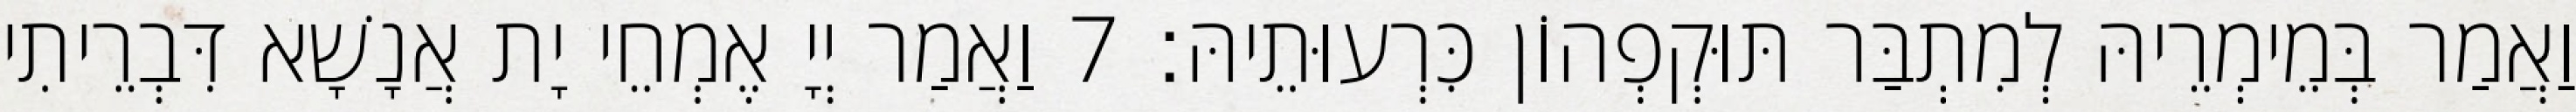
וַאֲמַר בְּמֵימְרֵיהּ לְמִתְבַּר תּוּקְפְהוֹן כִּרְעוּתֵיהּ׃ 7 וַאֲמַר יְיָ אֶמְחֵי יָת אֲנָשָׁא דִּבְרֵיתִי